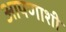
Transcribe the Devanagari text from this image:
आपणाशी